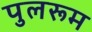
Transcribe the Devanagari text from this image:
पुलरूम